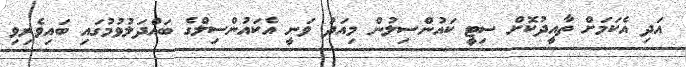
އަދި އެކަމަށް ތާއީދުކޮށް ސިޓީ ކައުންސިލުން މިއަދު ވަނީ އެކައުންސިލްގެ ބައްދަލުވުމުގައި ބައިވެރިވި